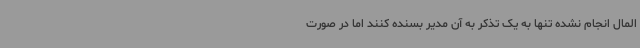
المال انجام نشده تنها به یک تذکر به آن مدیر بسنده کنند اما در صورت